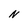
Character: N